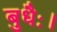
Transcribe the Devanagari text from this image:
बुधैः।